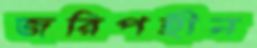
জরিপহীন